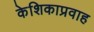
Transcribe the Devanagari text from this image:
केशिकाप्रवाह